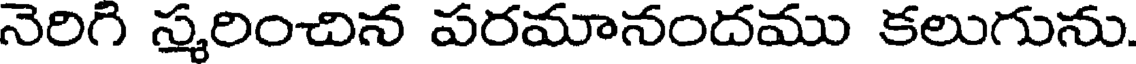
నెరిగి స్మరించిన పరమానందము కలుగును